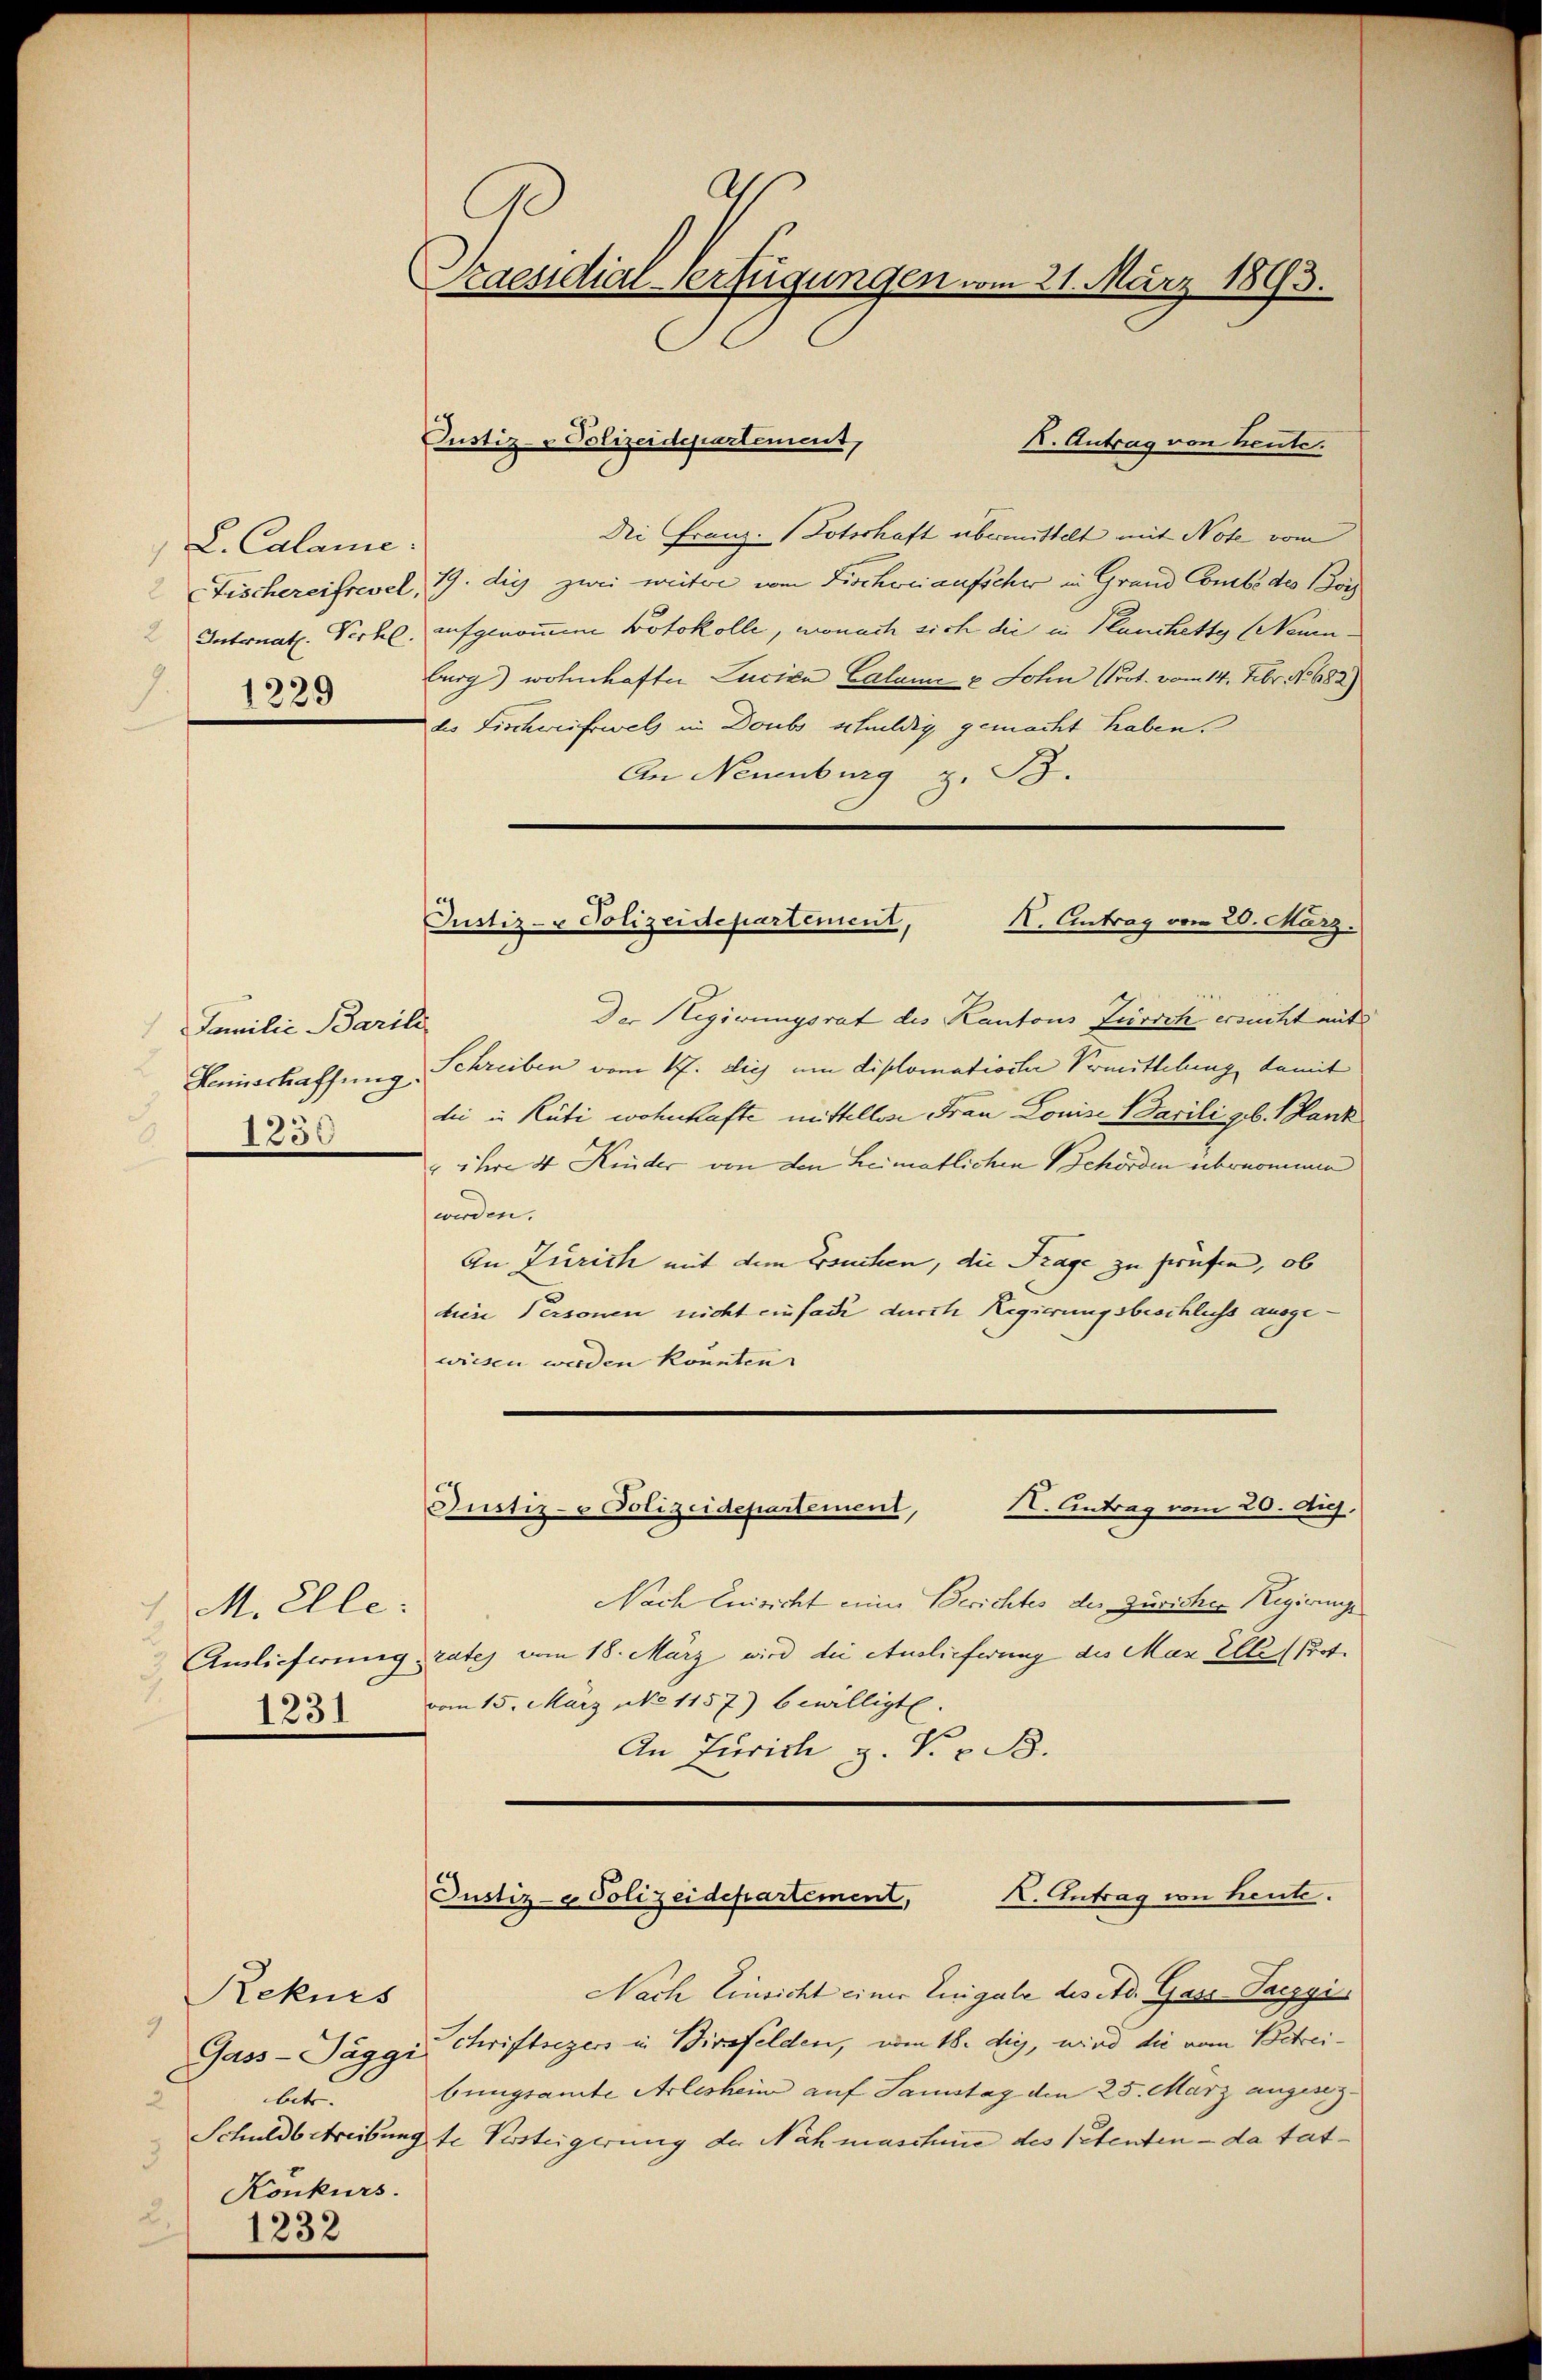
L. Calame.
1229

Familie Barili
Hennschaffung.
1250

Millle:
1231

Rekurs
9
Gass-Daggi
betr.
2
3
Konkurs.
u
1232

Praesidial-Verfügungen vom 21. März 1893.

K. Antrag von heute.
Dei Franz. Potschaft übermittelt mit Note vom
Fischereifrevel, 19. die zwei weitere vom Fischweiaufscher in Grand Combe des Bor
Internat. Vichl. aufgenommene Protokolle, wonach sich die in Planchetty (Neunburg) wohnhafter Lucica Calame u. John (Prot. vom 14. Febr. No 682)
des Fischweifswelt in Doubs schuldig gemacht haben.
An Neuenburg z. B.

Justiz- & Polizeidepartement,

Justiz- & Polizeidepartement,
X. Antrag vom 20. März.

Der Regierungsrat des Kantons Zürich ersicht mit
Schreiben vom 17. die um diplomationer Vermittelung damit
dii in Rüti wohnhafte mittellose Frau Louise Marili geb. Bank
& ihre 4 Kinder von den Heimatlichen Behörden übernommen
werden.
An Zürich mit dem Ersuchen, die Frage zu prüfen, ob
dien Personen nicht einfach durch Regierungsbeschluss ausgewiesen werden könnten.
Justiz- & Polizeidepartement,
X. Antrag vom 20. Aug.
Nach Einsicht einer Berichtes des Züricher Regierunge
Amlieferung rates vom 18. März wird die Auslieferung des Max Elle Prot.
vom 15. März NNo. 1157) bewilligt
An Zürich z. K. v. B.

Justiz- & Polizeidepartement, I. Antrag von heute.

Nach Einsicht einer Enigale des Ad. Gass Paczyi
chriftsegers in Birsfelden, vom 18. die, wird die vom Betreibungsamte Arlesheim auf Samstag den 25. März angesez¬
Schuldbetreibung te Persteigerung der Nähmaschine des Petenten – da tat¬